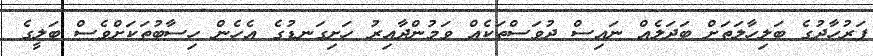
ފަރުހާދުގެ ބަލިހާލަތަށް ބަދަލެއް ނައިސް ދުވަސްތަކެއް ވަމުންދާއިރު ހަށިގަނޑުގެ އެހެން ހިސާބުތަކަށްވެސް ބަލީގެ